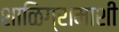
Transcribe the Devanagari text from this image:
शाळिग्रामाशी